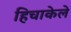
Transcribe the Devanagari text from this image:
हिचाकेले